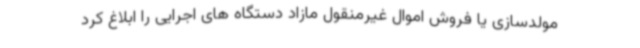
مولدسازی یا فروش اموال غیرمنقول مازاد دستگاه های اجرایی را ابلاغ کرد